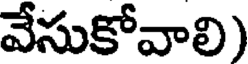
వేసుకోవాలి)